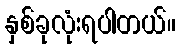
နှစ်ခုလုံးရပါတယ်။